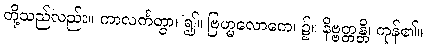
တို့သည်လည်း။ ကာလင်္ကတွာ၊ ၍။ ဗြဟ္မလောကေ၊ ၌။ နိဗ္ဗတ္တန္တိ၊ ကုန်၏။